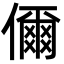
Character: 儞